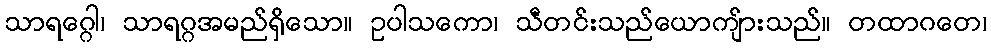
သာရဂ္ဂေါ၊ သာရဂ္ဂအမည်ရှိသော။ ဥပါသကော၊ သီတင်းသည်ယောကျ်ားသည်။ တထာဂတေ၊